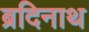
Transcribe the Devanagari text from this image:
ब्रदिनाथ